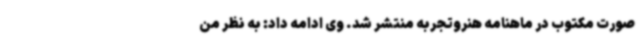
صورت مکتوب در ماهنامه هنروتجربه منتشر شد. وی ادامه داد: به نظر من